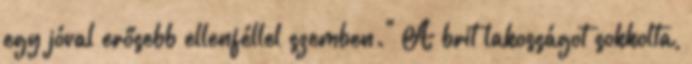
egy jóval erősebb ellenféllel szemben." A brit lakosságot sokkolta,